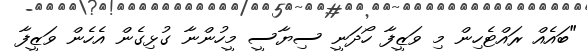
"ބައެއް ރައްޓެހިން މި ވަޒީފާ ހޯދަނީ ސިޔާސީ މީހުންނާ ގުޅިގެން އެހެން ވަޒީފާ